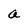
Character: a